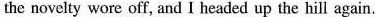
the novelty wore off, and I headed up the hill again.